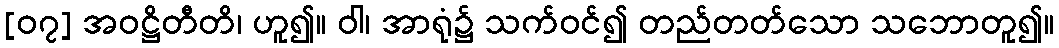
[၀၇] အဝဋ္ဌိတီတိ၊ ဟူ၍။ ဝါ၊ အာရုံ၌ သက်ဝင်၍ တည်တတ်သော သဘောတူ၍။